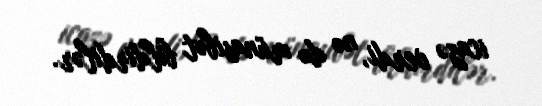
icazə verdi, nə də münasibət bildirdilər.